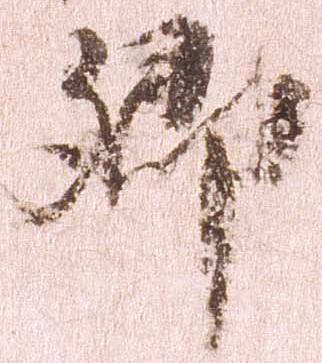
卿